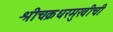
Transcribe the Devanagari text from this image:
श्रीचक्रधरमुखीची